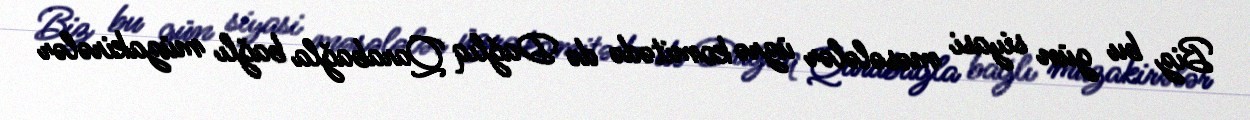
Biz bu gün siyasi məsələlər üzrə komitədə də Dağlıq Qarabağla bağlı müzakirələr